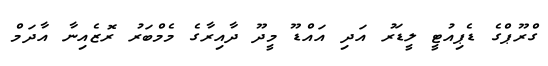
ގްރޫޕްގެ ޑެޕިއުޓީ ލީޑަރު އަދި އައްޑޫ މީދޫ ދާއިރާގެ މެމްބަރު ރޮޒެއިނާ އާދަމް